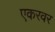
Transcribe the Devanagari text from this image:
एकरवर